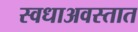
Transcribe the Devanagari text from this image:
स्वधाअवस्तात